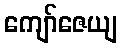
ကျော်ဇေယျ